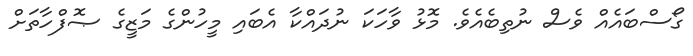
ގޯސްބައެއް ވެސް ނުތިބެއެވެ. މޮޅު ވާހަކަ ނުދައްކާ އެބައި މީހުންގެ މަޒީގެ ޞޮފްހާތަށް